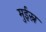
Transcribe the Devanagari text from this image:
मुईस्न